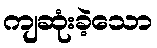
ကျဆုံးခဲ့သော